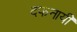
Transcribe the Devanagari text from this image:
दफनायी